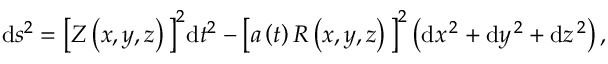
\begin{array} { r } { \begin{array} { r c l } { \displaystyle \mathrm { d } s ^ { 2 } = \big [ Z \left( x , y , z \right) \big ] ^ { 2 } \mathrm { d } t ^ { 2 } - \big [ a \left( t \right) R \left( x , y , z \right) \big ] ^ { 2 } \left( \mathrm { d } x ^ { \, 2 } + \mathrm { d } y ^ { \, 2 } + \mathrm { d } z ^ { \, 2 } \right) , } \end{array} } \end{array}